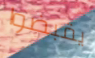
يقبضوا